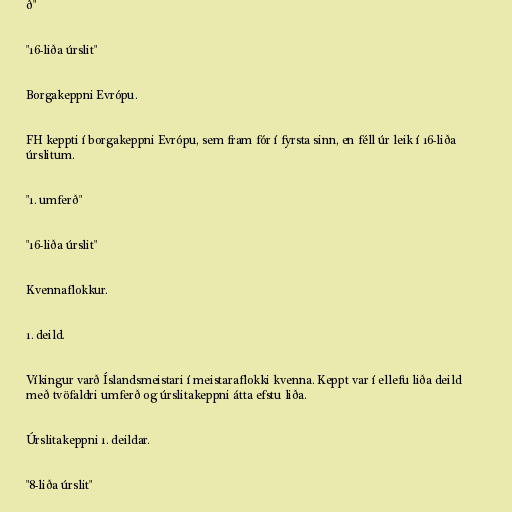
ð"

"16-liða úrslit"

Borgakeppni Evrópu.

FH keppti í borgakeppni Evrópu, sem fram fór í fyrsta sinn, en féll úr leik í 16-liða
úrslitum.

"1. umferð"

"16-liða úrslit"

Kvennaflokkur.

1. deild.

Víkingur varð Íslandsmeistari í meistaraflokki kvenna. Keppt var í ellefu liða deild
með tvöfaldri umferð og úrslitakeppni átta efstu liða.

Úrslitakeppni 1. deildar.

"8-liða úrslit"